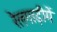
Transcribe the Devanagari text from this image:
रेलगाड़ीमें